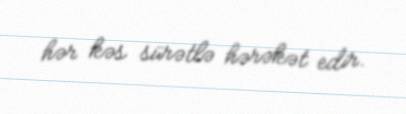
hər kəs sürətlə hərəkət edir.